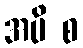
အပိ စ